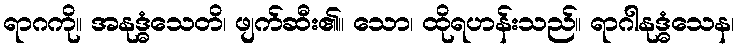
ရာဂကို။ အနုဒ္ဓံသေတိ၊ ဖျက်ဆီး၏။ သော၊ ထိုရဟန်းသည်။ ရာဂါနုဒ္ဓံသေန၊